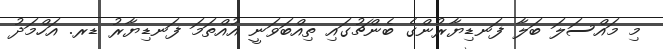
މި މައްސަލަ ބަލާ ފަނޑިޔާރުންގެ ބެންޗުގައި ތިއްބަވަނީ އުއްތަމަ ފަނޑިޔާރު ޑރ. އަހްމަދު